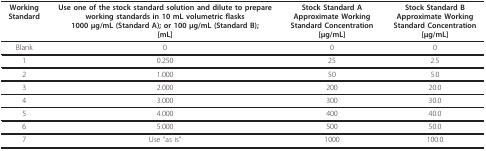
| Working Standard | Use one of the stock standard solution and dilute to prepare working standards in 10 mL volumetric flasks1000 μg/mL (Standard A); or 100 μg/mL (Standard B);[mL] | Stock Standard AApproximate Working Standard Concentration[μg/mL] | Stock Standard BApproximate Working Standard Concentration[μg/mL] |
 | --- | --- | --- | --- |
 | Blank | 0 | 0 | 0 |
 | 1 | 0.250 | 25 | 2.5 |
 | 2 | 1.000 | 50 | 5.0 |
 | 3 | 2.000 | 200 | 20.0 |
 | 4 | 3.000 | 300 | 30.0 |
 | 5 | 4.000 | 400 | 40.0 |
 | 6 | 5.000 | 500 | 50.0 |
 | 7 | Use "as is" | 1000 | 100.0 |